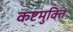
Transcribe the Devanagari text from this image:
कष्टमुक्ति